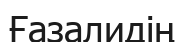
Ғазалидің